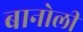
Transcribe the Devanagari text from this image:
बानोली